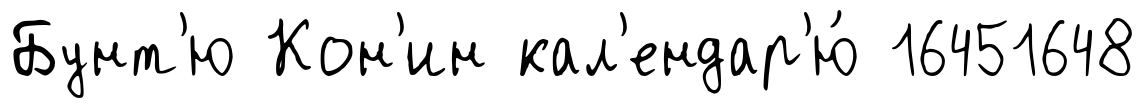
Бунт'ю Кон'ин кал'ендар'ю́ 16451648